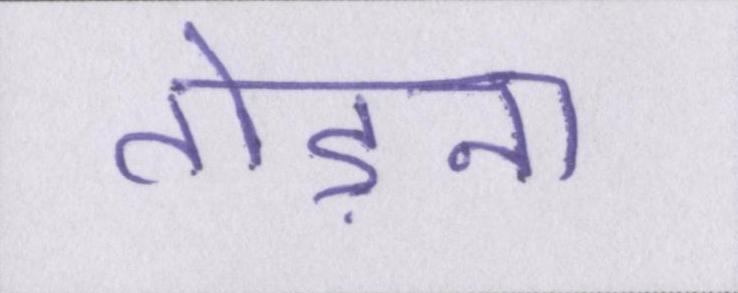
तोड़ना